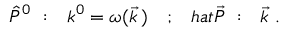
\hat { P } ^ { 0 } \ : \ \ k ^ { 0 } = \omega ( \vec { k } \, ) \ \ \ ; \ \ \, h a t { \vec { P } } \ : \ \ \vec { k } \ .